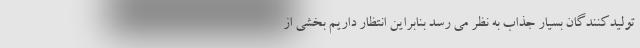
تولیدکنندگان بسیار جذاب به نظر می رسد بنابراین انتظار داریم بخشی از